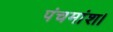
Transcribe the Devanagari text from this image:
पंचमांश।